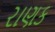
રાણક